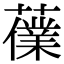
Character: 𧀸